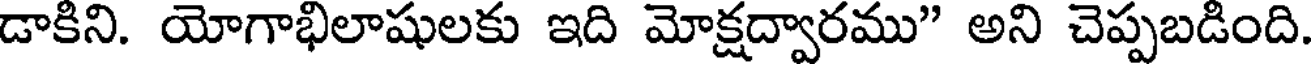
డాకిని. యోగాభిలాషులకు ఇది మోక్షద్వారము" అని చెప్పబడింది.